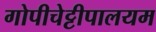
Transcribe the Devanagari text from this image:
गोपीचेट्टीपालयम